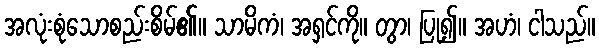
အလုံးစုံသောစည်းစိမ်၏။ သာမိကံ၊ အရှင်ကို။ တွာ၊ ပြု၍။ အဟံ၊ ငါသည်။